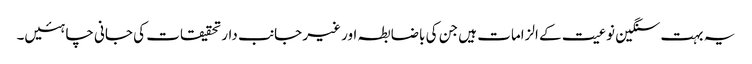
یہ بہت سنگین نوعیت کے الزامات ہیں جن کی باضابطہ اور غیر جانب دار تحقیقات کی جانی چاہئیں۔